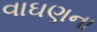
વાઘણના